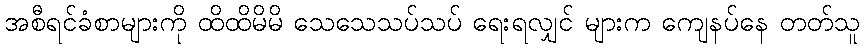
အစီရင်ခံစာများကို ထိထိမိမိ သေသေသပ်သပ် ရေးရလျှင် များက ကျေနပ်နေ တတ်သူ